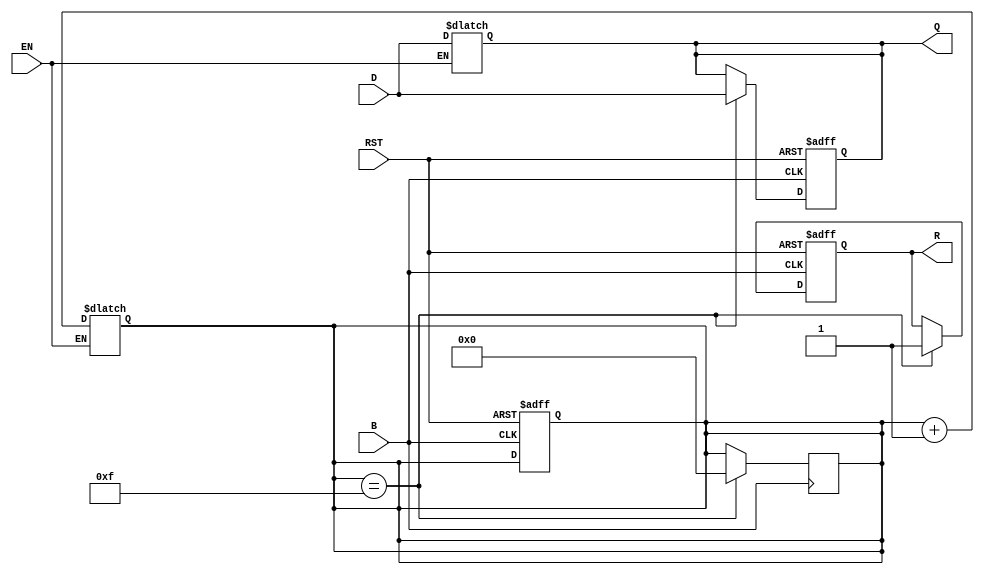
module barrier_register #(
    parameter DATA_WIDTH = 8,  // Width of the data inputs/outputs
    parameter NUM_PROCESSES = 4 // Number of processes for the barrier
)(
    input  wire [DATA_WIDTH-1:0] D,   // Data Inputs
    input  wire EN,                    // Enable Signal
    input  wire B,                     // Barrier Signal
    input  wire RST,                   // Reset Signal
    output reg  [DATA_WIDTH-1:0] Q,    // Data Outputs
    output reg R                       // Ready Signal
);

// Internal state to track the barrier condition
reg [NUM_PROCESSES-1:0] ready_count;  // Count of processes ready
reg is_enabled;                        // Track if register is enabled

always @(posedge B or posedge RST) begin
    // Asynchronous reset
    if (RST) begin
        Q <= {DATA_WIDTH{1'b0}};       // Clear outputs
        R <= 1'b0;                    // Not ready
        ready_count <= {NUM_PROCESSES{1'b0}}; // Clear ready count
        is_enabled <= 1'b0;           // Disable register
    end
    else begin
        // Check if all processes are ready
        if (ready_count == (1 << NUM_PROCESSES) - 1) begin
            R <= 1'b1;                 // Assert ready if at barrier
            Q <= D;                    // Release stored data
            is_enabled <= 1'b0;        // Disable further capturing
        end
    end
end

// Process count for barrier readiness
always @(EN or D) begin
    if (EN) begin
        // Latch data and increment ready count
        Q <= D;                        // Latch current data
        ready_count <= ready_count + 1; // Increment the count
        is_enabled <= 1'b1;            // Set to enabled
    end
end

// Synchronously reset ready count on barrier condition being met
always @(posedge B) begin
    if (ready_count == (1 << NUM_PROCESSES) - 1) begin
        ready_count <= {NUM_PROCESSES{1'b0}}; // Reset ready count
    end
end

endmodule